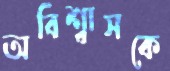
অবিশ্বাসকে